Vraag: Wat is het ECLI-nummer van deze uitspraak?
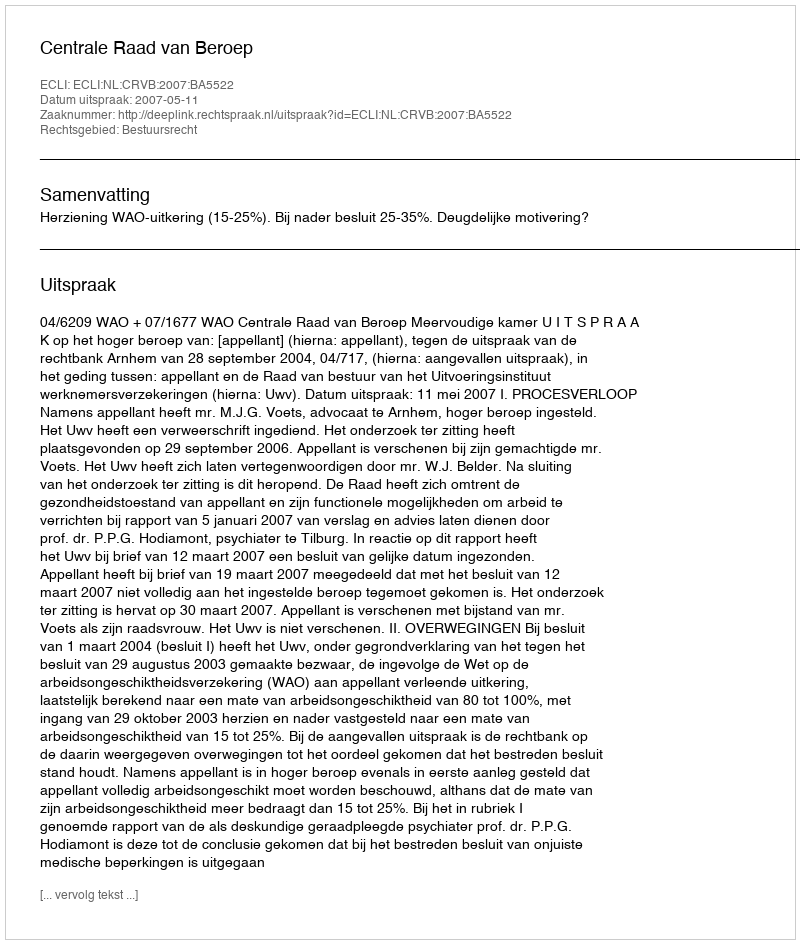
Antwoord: ECLI:NL:CRVB:2007:BA5522